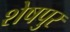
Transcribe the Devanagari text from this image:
शेषपुर